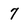
Character: 7